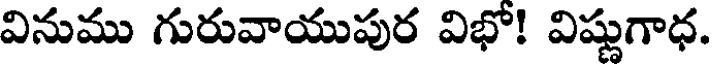
వినుము గురువాయుపుర విభో! విష్ణుగాధ.